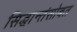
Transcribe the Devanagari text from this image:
सिद्धान्तंसोबत